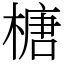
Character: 榶